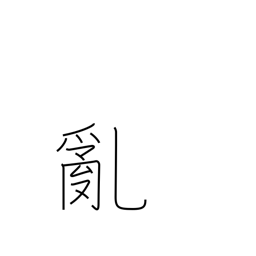
Meaning: riot